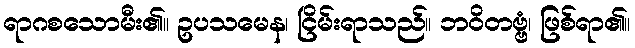
ရာဂစသောမီး၏။ ဥပသမေန၊ ငြိမ်းရာသည်။ ဘဝိတဗ္ဗံ၊ ဖြစ်ရာ၏။